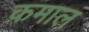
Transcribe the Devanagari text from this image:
क़माल